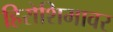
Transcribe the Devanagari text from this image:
हिरोशिमावर